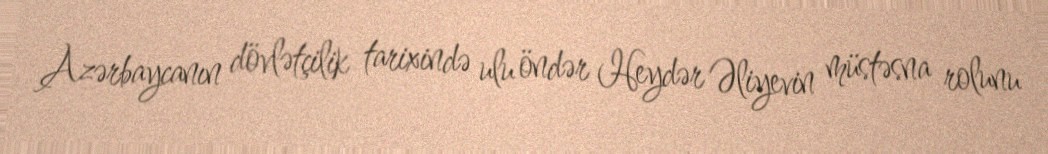
Azərbaycanın dövlətçilik tarixində ulu öndər Heydər Əliyevin müstəsna rolunu